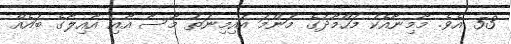
53 އެވެ. މޫމިނާއެކު މަހްމޫދުގެ މަންމަ އައިމިނަތު މޫސާ އާއި އާއިލާގެ ބައެއް